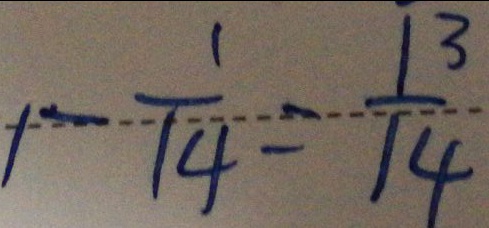
1 - \frac { 1 } { 1 4 } = \frac { 1 3 } { 1 4 }